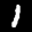
Digit: 7